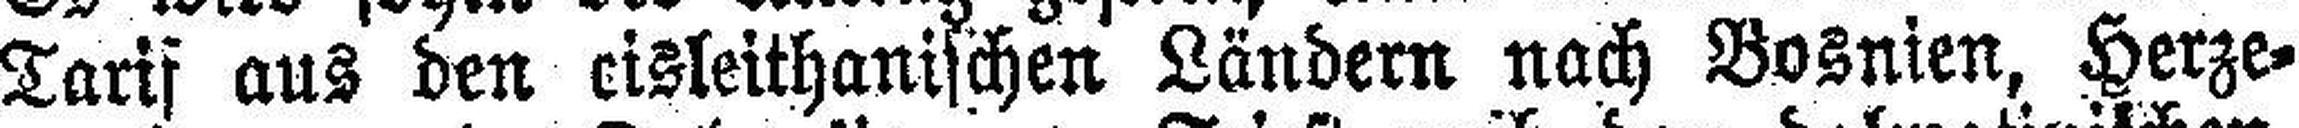
Tarif aus den ###isleithanischen Ländern nach Bosnien, Herze¬